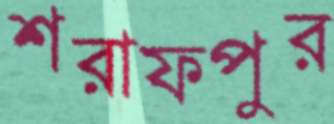
শরাফপুর